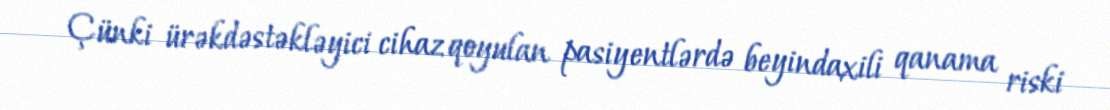
Çünki ürəkdəstəkləyici cihaz qoyulan pasiyentlərdə beyindaxili qanama riski